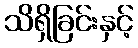
သိရှိခြင်းနှင့်